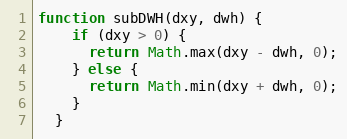
Language: JavaScript
function subDWH(dxy, dwh) {
    if (dxy > 0) {
      return Math.max(dxy - dwh, 0);
    } else {
      return Math.min(dxy + dwh, 0);
    }
  }